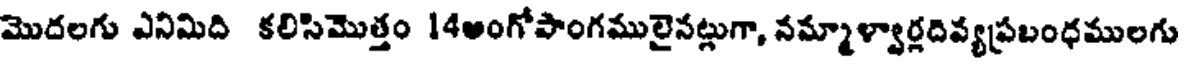
మొదలగు ఎనిమిది కలిసిమొత్తం 14అంగోపాంగములైనట్లుగా, నమ్మాళ్వార్లదివ్యప్రబంధములగు